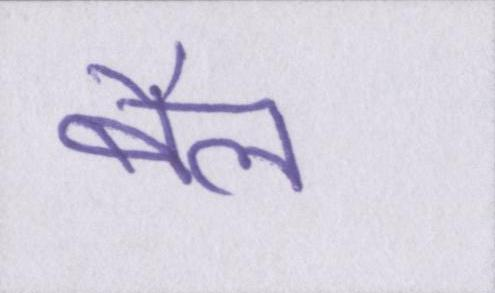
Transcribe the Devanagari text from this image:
बैल